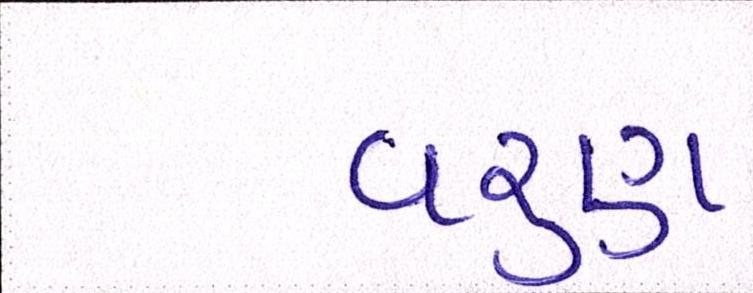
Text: વરૃણ